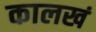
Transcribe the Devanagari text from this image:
कालखं